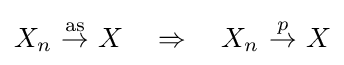
X_{n}\ {\overset {\mathrm {as} }{\rightarrow }}\ X\quad \Rightarrow \quad X_{n}\ {\overset {p}{\rightarrow }}\ X